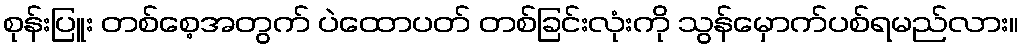
စုန်းပြူး တစ်စေ့အတွက် ပဲထောပတ် တစ်ခြင်းလုံးကို သွန်မှောက်ပစ်ရမည်လား။